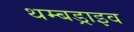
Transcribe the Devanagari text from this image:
थम्बड्राइव